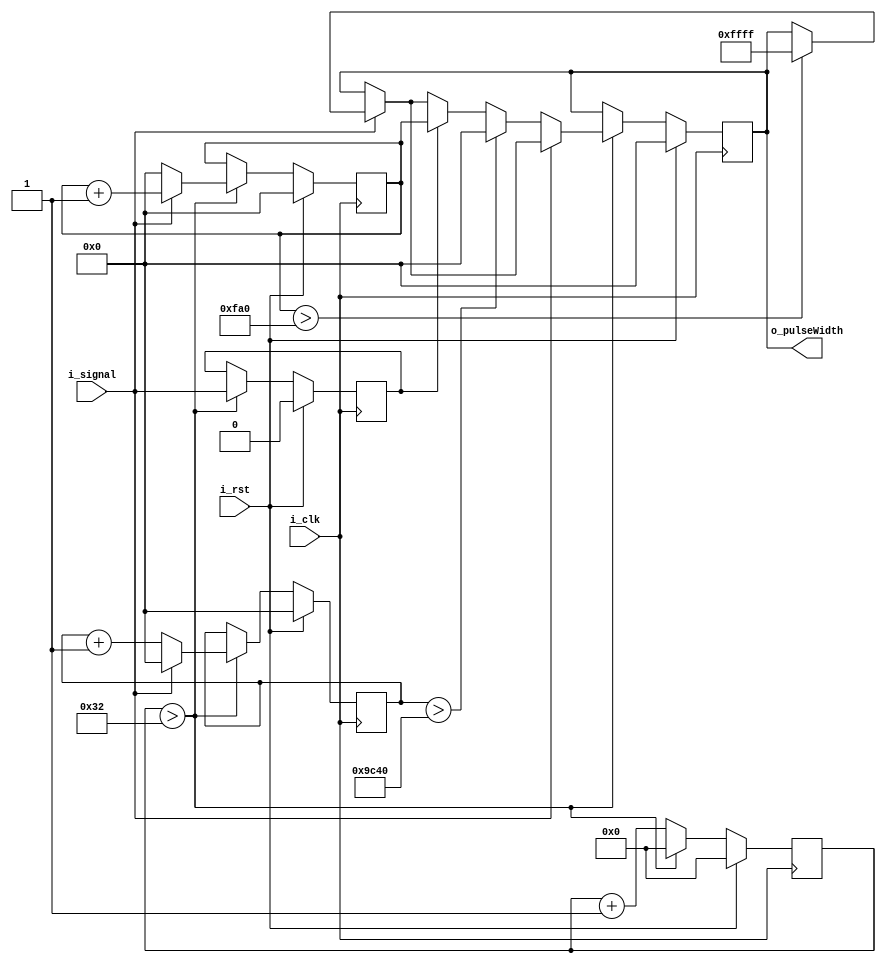

module RcPulseDetector(input i_signal,
                       input i_clk,
                       input i_rst,
                       output reg [15:0] o_pulseWidth);

    reg [15:0] upCnt;
    reg [15:0] dnCnt;
    reg        lastSignal;
    reg [5:0]  div;

    always@(posedge i_clk) 
      begin
      
        // Drop clock so each tick is a usec
        div <= div + 1;
        if (div > 50)
        begin
          div <= 0;
          
          // At this point each pass is a micro second

          // If signal is high
          if (i_signal == 1)
          begin
          
            // Increment time signal has been high
            upCnt <= upCnt + 1;
            dnCnt <= 0;

            // If it is been up too long
            if (upCnt > 2000 * 2)
            begin
              o_pulseWidth <= 16'hffff;
            end
            
          end

          // If signal is low
          if (i_signal == 0)
          begin

            // If the signal just dropped low
            if (lastSignal == 1)
              begin
                o_pulseWidth <= upCnt;
              end
              
            dnCnt <= dnCnt + 1;
            upCnt <= 0;
            
            // If the signal has been down for too long
            if (dnCnt > 20000*2)
            begin
              o_pulseWidth <= 0;
            end
          end

          lastSignal <= i_signal;
          
        end  

        // If in reset        
        if (i_rst == 1)
        begin
          div          <= 0;
          lastSignal   <= 0;
          upCnt        <= 0;
          dnCnt        <= 0;
          o_pulseWidth <= 0;
        end

  end

endmodule